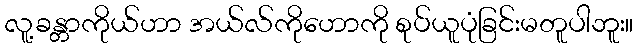
လူ့ခန္တာကိုယ်ဟာ အယ်လ်ကိုဟောကို စုပ်ယူပုံခြင်းမတူပါဘူး။